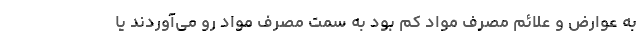
به عوارض و علائم مصرف مواد کم بود به سمت مصرف مواد رو می‌آوردند یا